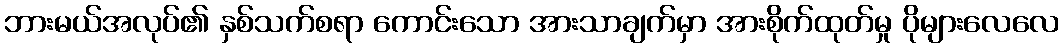
ဘားမယ်အလုပ်၏ နှစ်သက်စရာ ကောင်းသော အားသာချက်မှာ အားစိုက်ထုတ်မှု ပိုများလေလေ